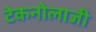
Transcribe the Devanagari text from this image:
टेकनोलाजी